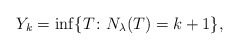
\begin{align*}Y_k=\inf\{T \colon N_{\lambda}(T)=k+1\},\end{align*}